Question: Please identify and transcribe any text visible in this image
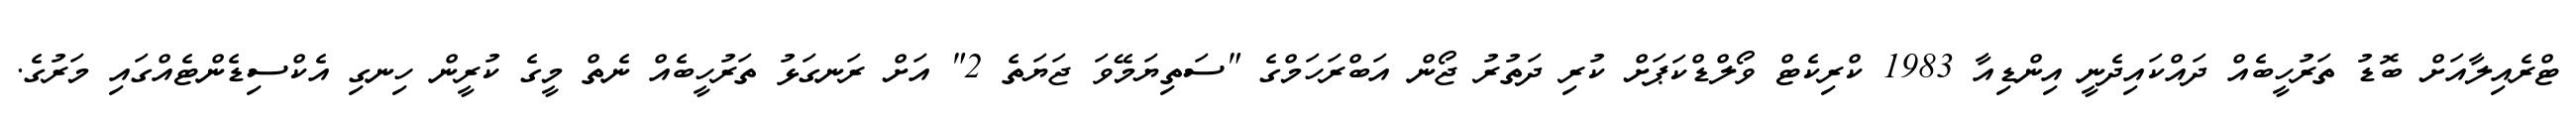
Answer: ޓްރެއިލާއަށް ބޮޑު ތަރުހީބެއް ދައްކައިދެނީ އިންޑިއާ 1983 ކްރިކެޓް ވޯލްޑްކަޕަށް ކުރި ދަތުރު ޖޯން އަބްރަހަމްގެ "ސަތިޔަމޭވަ ޖަޔަތެ 2" އަށް ރަނގަޅު ތަރުހީބެއް ނެތް މީގެ ކުރީން ހިނގި އެކްސިޑެންޓެއްގައި މަރުގެ.